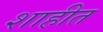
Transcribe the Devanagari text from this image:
शाहीत